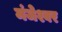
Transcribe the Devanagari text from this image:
मंजेश्वर